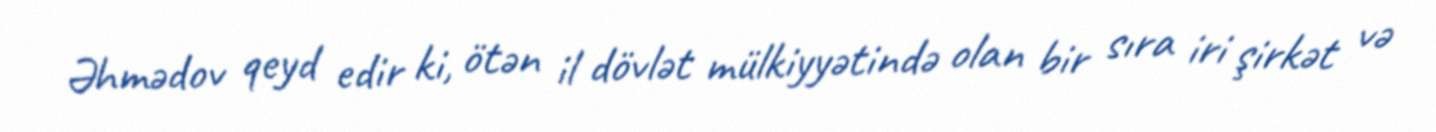
Əhmədov qeyd edir ki, ötən il dövlət mülkiyyətində olan bir sıra iri şirkət və